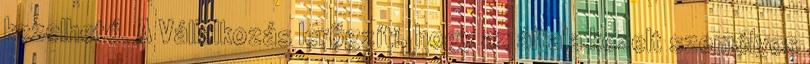
kezelhető. A Vállalkozás lerögzíti, hogy az általa kezelt személyes